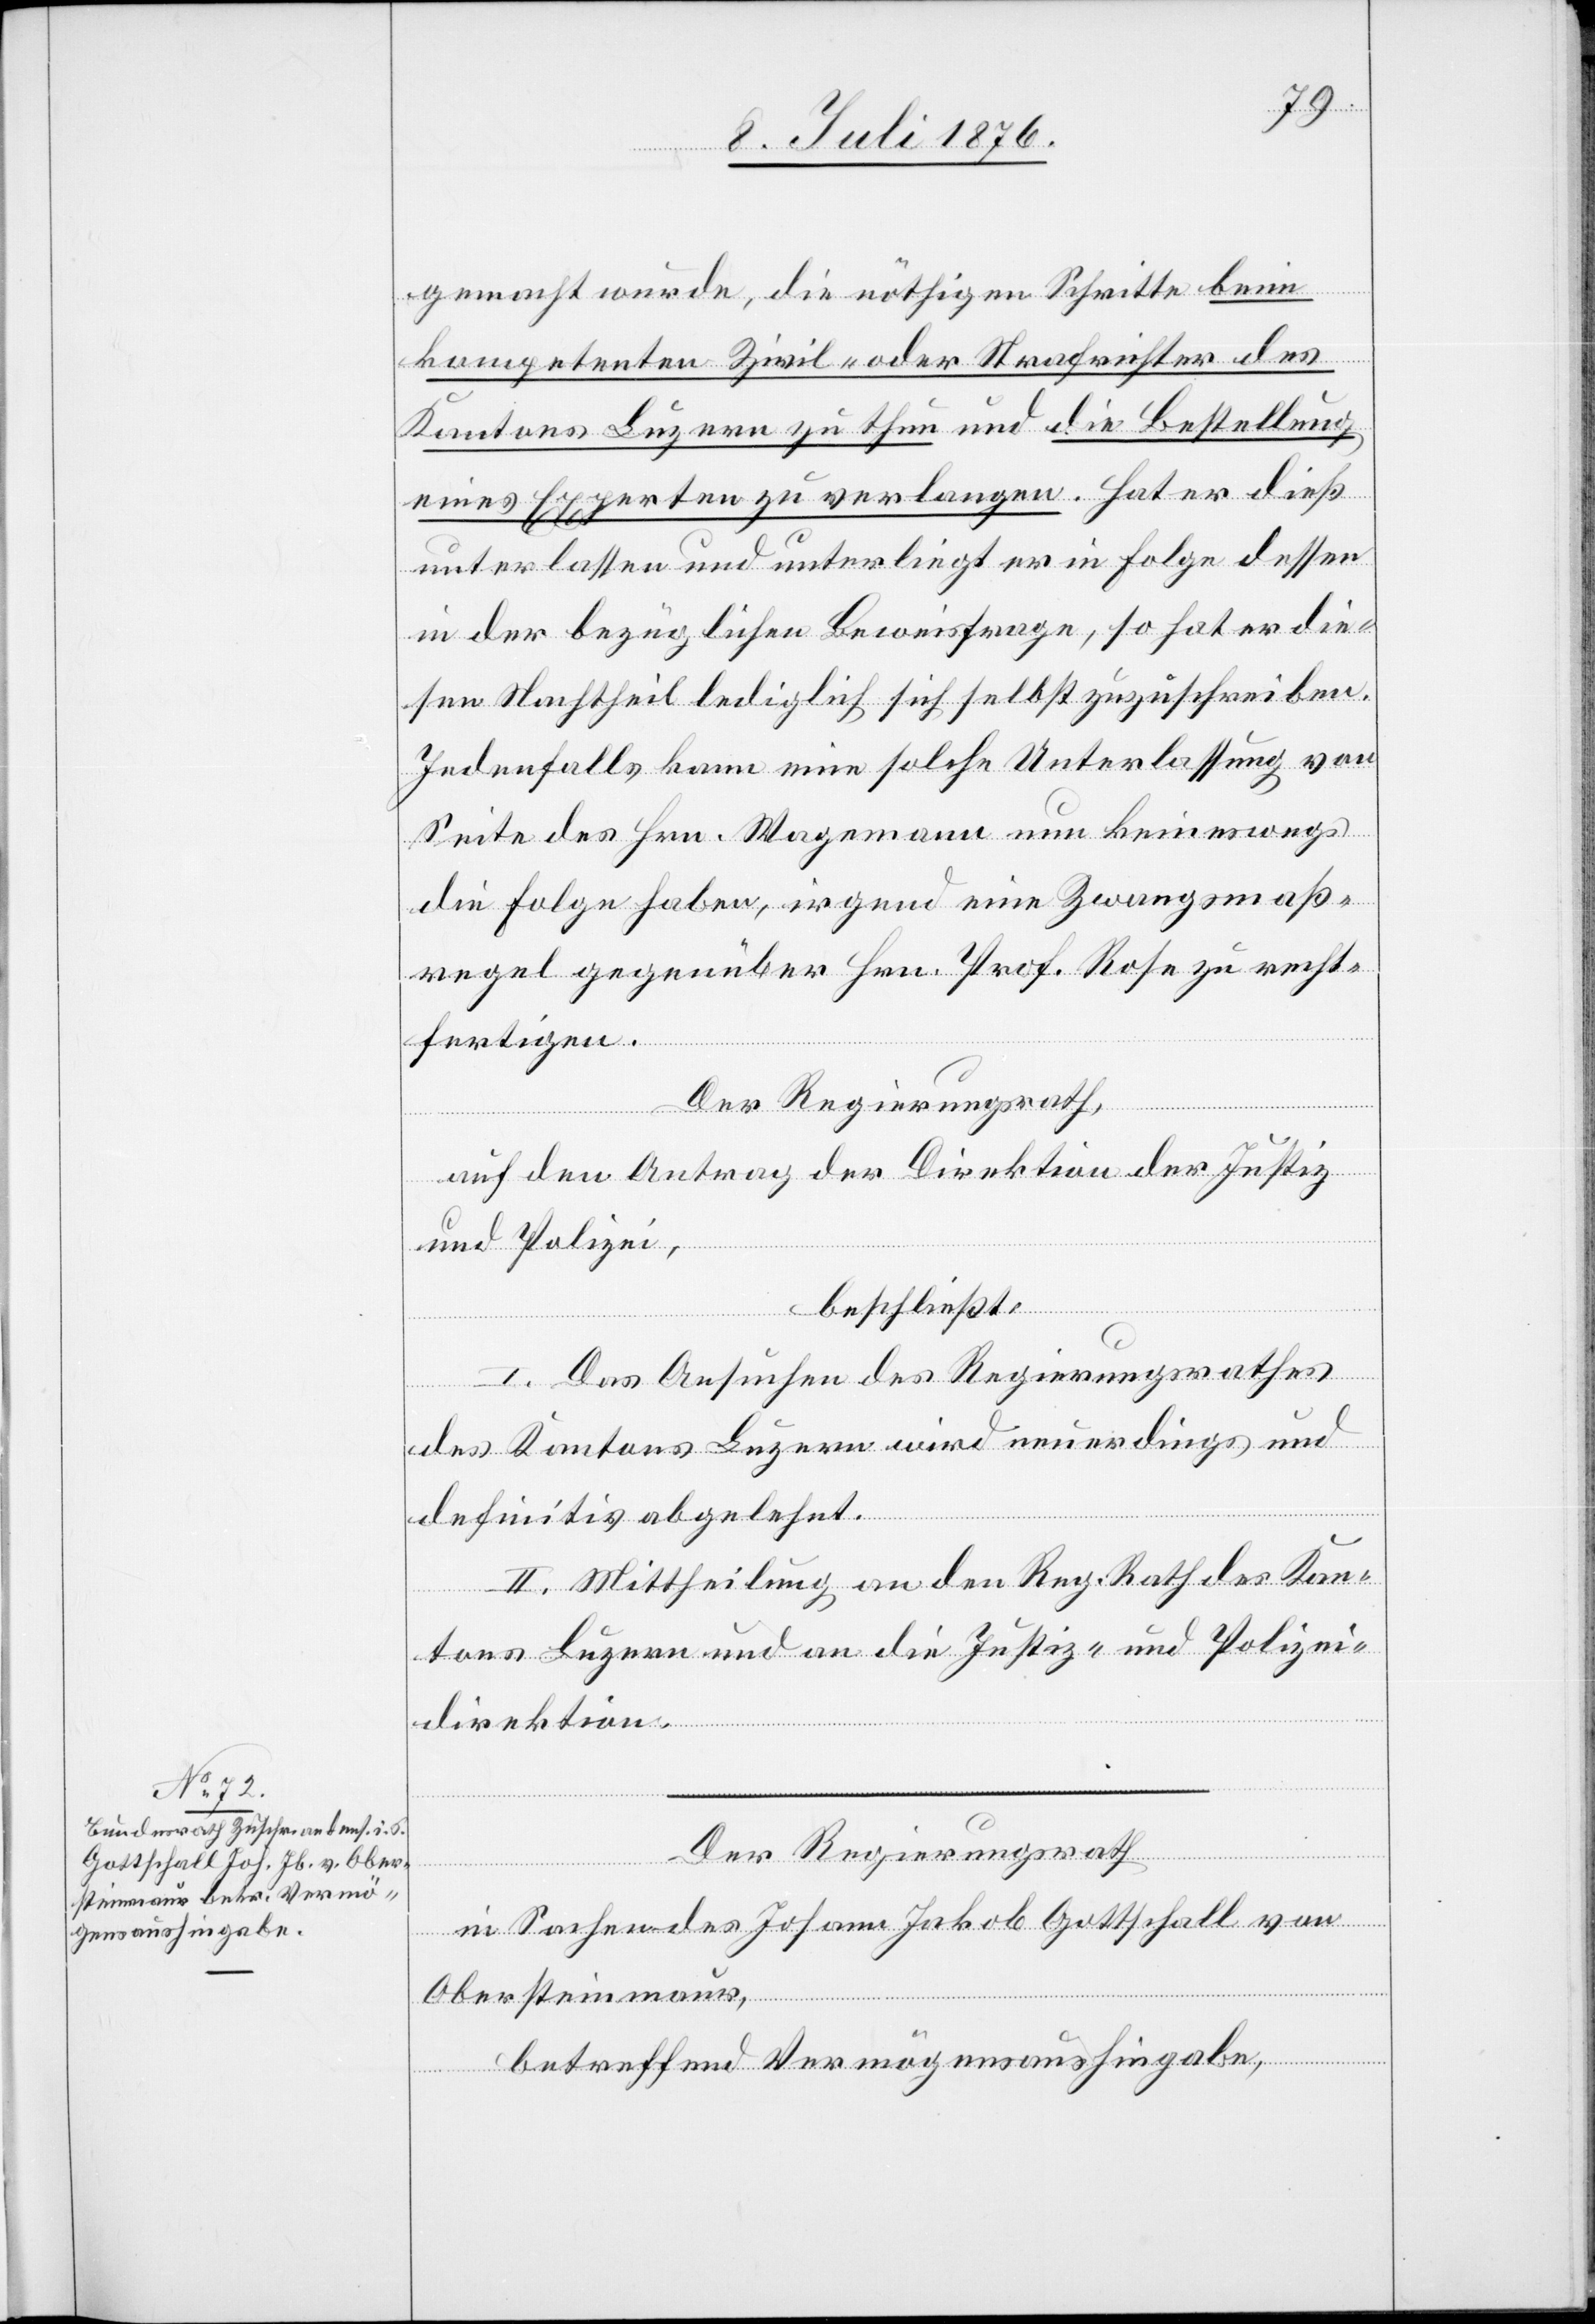
gemacht wurde, die nöthigen Schritte beim
kompetenten Zivil- oder Strafrichter des
Kantons Luzern zu thun und die Bestellung
eines Experten zu verlangen. Hat er dies
unterlassen und unterliegt er in Folge dessen
in der bezüglichen Beweisfrage, so hat er die¬
sen Nachtheil lediglich sich selbst zuzuschreiben.
Jedenfalls kann eine solche Unterlassung von
Seite des Hrn. Wagemann nun keineswegs
die Folge haben irgend eine Zwangsmaß¬
regel gegenüber Hrn. Prof. Rose zu recht¬
fertigen.
Der Regierungsrath,
auf den Antrag der Direktion der Justiz
und Polizei,
beschließt:
I. Das Ansuchen des Regierungsrathes
des Kantons Luzern wird neuerdings und
definitiv abgelehnt.
II. Mittheilung an den Reg. Rath des Kan¬
tons Luzern und an die Justiz- und Polizei¬
direktion.
Der Regierungsrath
in Sachen des Johann Jakob Gottschall von
Obersteinmaur
betreffend Vermögensaushingabe,